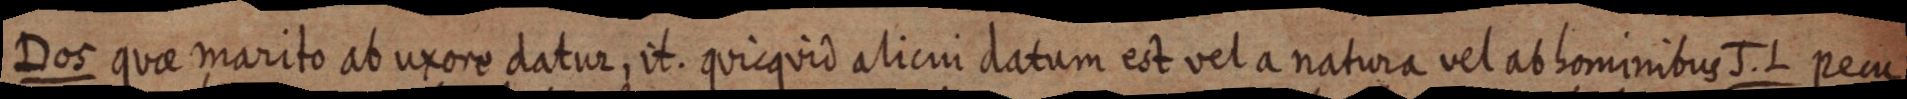
Dos quae marito ab uxore datur, it. quicquid alicui datum est vel a natura vel ab hominibus J. L pecu